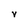
Character: V